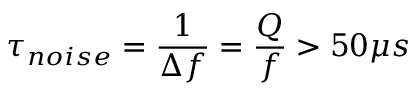
\tau _ { n o i s e } = \frac { 1 } { \Delta f } = \frac { Q } { f } > 5 0 \mu s